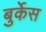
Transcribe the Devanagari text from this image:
बुर्केस